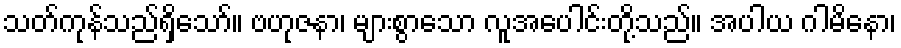
သတ်ကုန်သည်ရှိသော်။ ဗဟုဇနာ၊ များစွာသော လူအပေါင်းတို့သည်။ အပါယ ဂါမိနော၊